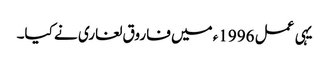
یہی عمل 1996ء میں فاروق لغاری نے کیا۔